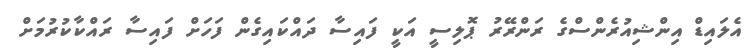
އެލައިޑް އިންޝިއުރެންސްގެ ރަންރޭރު ޕޮލިސީ އަކީ ފައިސާ ދައްކައިގެން ފަހަށް ފައިސާ ރައްކާކުރުމަށް